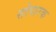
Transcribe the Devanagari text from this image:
सोपारक